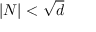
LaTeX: \left\vert N \right\vert < { \sqrt { d } }